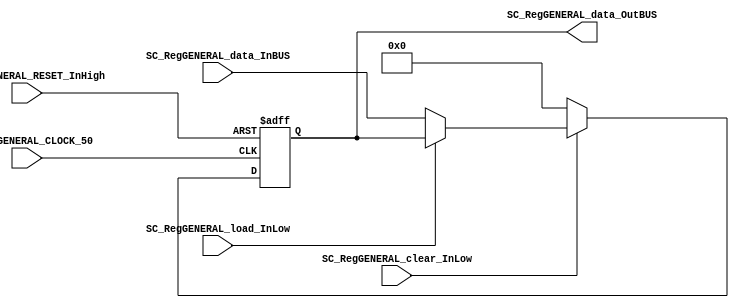
/*######################################################################
//#	G0B1T: HDL EXAMPLES. 2018.
//######################################################################
//# Copyright (C) 2018. F.E.Segura-Quijano (FES) fsegura@uniandes.edu.co
//# 
//# This program is free software: you can redistribute it and/or modify
//# it under the terms of the GNU General Public License as published by
//# the Free Software Foundation, version 3 of the License.
//#
//# This program is distributed in the hope that it will be useful,
//# but WITHOUT ANY WARRANTY; without even the implied warranty of
//# MERCHANTABILITY or FITNESS FOR A PARTICULAR PURPOSE.  See the
//# GNU General Public License for more details.
//#
//# You should have received a copy of the GNU General Public License
//# along with this program.  If not, see <http://www.gnu.org/licenses/>
//####################################################################*/
//=======================================================
//  MODULE Definition
//=======================================================
module SC_RegGENERAL #(parameter RegGENERAL_DATAWIDTH=8)(
	//////////// OUTPUTS //////////
	SC_RegGENERAL_data_OutBUS,
	//////////// INPUTS //////////
	SC_RegGENERAL_CLOCK_50,
	SC_RegGENERAL_RESET_InHigh,
	SC_RegGENERAL_clear_InLow, 
	SC_RegGENERAL_load_InLow, 
	SC_RegGENERAL_data_InBUS
);
//=======================================================
//  PARAMETER declarations
//=======================================================

//=======================================================
//  PORT declarations
//=======================================================
output		[RegGENERAL_DATAWIDTH-1:0]	SC_RegGENERAL_data_OutBUS;
input		SC_RegGENERAL_CLOCK_50;
input		SC_RegGENERAL_RESET_InHigh;
input		SC_RegGENERAL_clear_InLow;
input		SC_RegGENERAL_load_InLow;	
input		[RegGENERAL_DATAWIDTH-1:0]	SC_RegGENERAL_data_InBUS;

//=======================================================
//  REG/WIRE declarations
//=======================================================
reg [RegGENERAL_DATAWIDTH-1:0] RegGENERAL_Register;
reg [RegGENERAL_DATAWIDTH-1:0] RegGENERAL_Signal;
//=======================================================
//  Structural coding
//=======================================================
//INPUT LOGIC: COMBINATIONAL
always @(*)
begin
	if (SC_RegGENERAL_clear_InLow == 1'b0)
		RegGENERAL_Signal = 0;
	else if (SC_RegGENERAL_load_InLow == 1'b0)
		RegGENERAL_Signal = SC_RegGENERAL_data_InBUS;
	else
		RegGENERAL_Signal = RegGENERAL_Register;
	end	
//STATE REGISTER: SEQUENTIAL
always @(posedge SC_RegGENERAL_CLOCK_50, posedge SC_RegGENERAL_RESET_InHigh)
begin
	if (SC_RegGENERAL_RESET_InHigh == 1'b1)
		RegGENERAL_Register <= 0;
	else
		RegGENERAL_Register <= RegGENERAL_Signal;
end
//=======================================================
//  Outputs
//=======================================================
//OUTPUT LOGIC: COMBINATIONAL
assign SC_RegGENERAL_data_OutBUS = RegGENERAL_Register;

endmodule